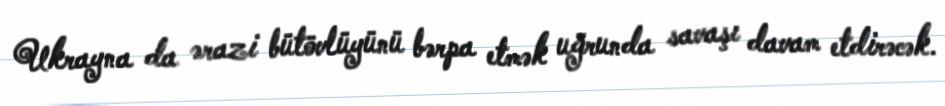
Ukrayna da ərazi bütövlüyünü bərpa etmək uğrunda savaşı davam etdirəcək.